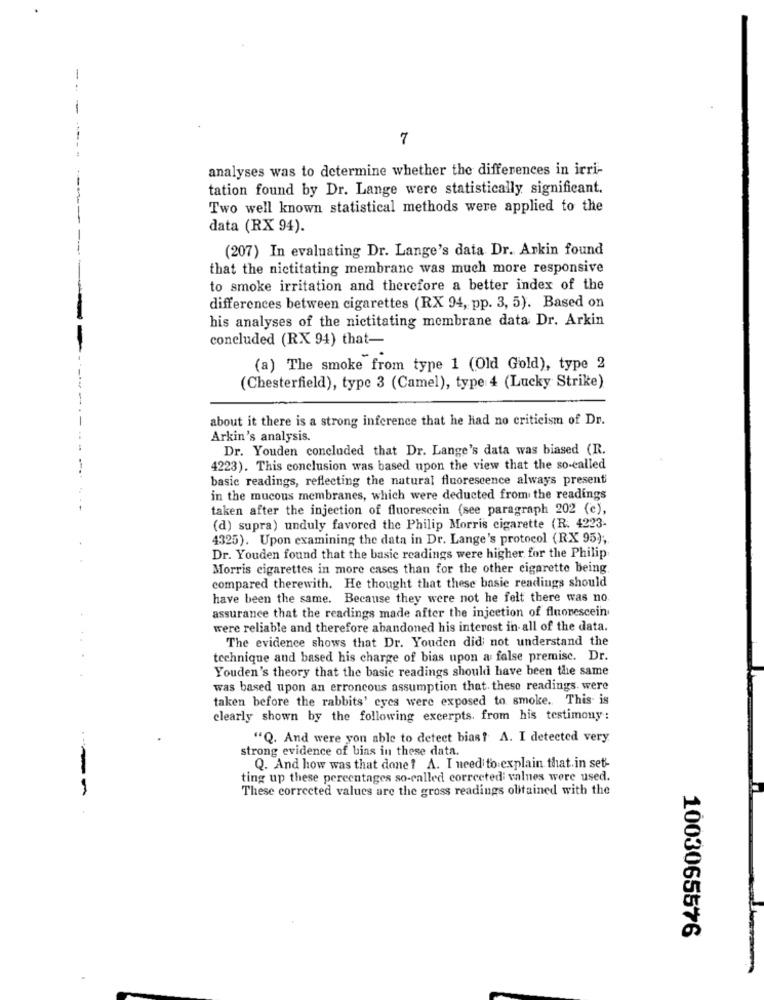
7
analyses was to determine whether the differences in irri-
tation found by Dr. Lange were statistically significant.
Two well known statistical methods were applied to the
data (RX 94).
(207) In evaluating Dr. Lange's data Dr. Arkin found
that the nictitating membrane was much more responsive
to smoke irritation and therefore a better index of the
differences between cigarettes (RX 94, pp. 3, 5). Based on
his analyses of the nictitating membrane data Dr. Arkin
concluded (RX 94) that-
(a) The smoke from type 1 (Old Gold), type 2
(Chesterfield), type 3 (Camel), type 4 (Lucky Strike)
about it there is a strong inference that he had no criticism of Dr.
Arkin's analysis.
Dr. Youden concluded that Dr. Lange's data was biased (R.
4223). This conclusion was based upon the view that the so-called
basic readings, reflecting the natural fluorescence always present
in the mucous membranes, which were deducted from the readings
taken after the injection of fluorescein (see paragraph 202 (e),
(d) supra) unduly favored the Philip Morris cigarette (R. 4223-
4325). Upon examining the data in Dr. Lange's protocol (RX 95);
Dr. Youden found that the basic readings were higher for the Philip
Morris cigarettes in more cases than for the other cigarette being
compared therewith. He thought that these basic readings should
have been the same. Because they were not he felt there was no
assurance that the readings made after the injection of fluorescein
were reliable and therefore abandoned his interest in all of the data.
The evidence shows that Dr. Youden did not understand the
technique and based his charge of bias upon a false premise. Dr.
Youden's theory that the basic readings should have been the same
was based upon an erroncous assumption that. these readings. were
taken before the rabbits' eyes were exposed to smoke. This is
clearly shown by the following excerpts. from his testimony:
"Q. And were you able to detect bias? A. I detected very
strong evidence of bias in these data.
Q. And how was that done ! A. I need to explain that. in set-
ting up these percentages so-called corrected: values were used.
These corrected values are the gross readings obtained with the
----
1003065576